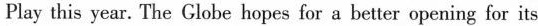
Play this year. The Globe hopes for a better opening for its